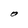
Character: O